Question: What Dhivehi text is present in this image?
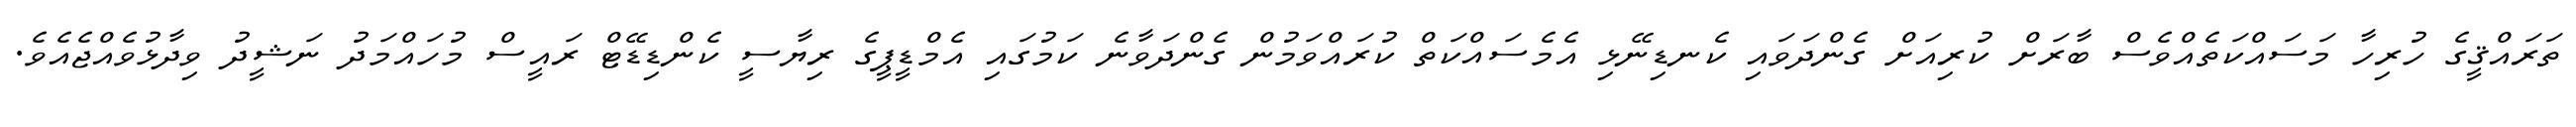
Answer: ތަރައްޤީގެ ހުރިހާ މަސައްކަތެއްވެސް ބާރަށް ކުރިއަށް ގެންދަވައި ކެނޑިނޭޅި އެމެސައްކަތް ކުރައްވަމުން ގެންދަވާނެ ކަމުގައި އެމްޑީޕީގެ ރިޔާސީ ކެންޑިޑޭޓް ރައީސް މުހައްމަދު ނަޝީދު ވިދާޅުވެއްޖެއެވެ.